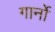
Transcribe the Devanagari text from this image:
गार्नो